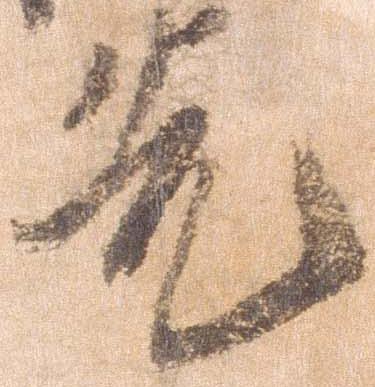
先